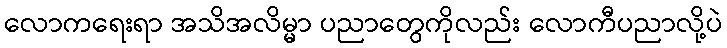
လောကရေးရာ အသိအလိမ္မာ ပညာတွေကိုလည်း လောကီပညာလို့ပဲ